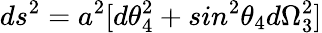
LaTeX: ds^{2}=a^{2}[d\theta_{4}^{2}+sin^{2}\theta_{4}d\Omega_{3}^{2}]